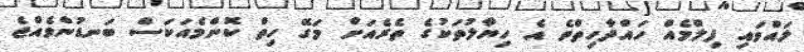
ލައްވައި ފިލްމެއް ހައްދާހިތްވެ އެ ހިޔާލުތަކުގެ ތެރެއަށް މަގޭ ހިތް ކޮންމެއަކަސް ބަނޑުންވެއްޖެ